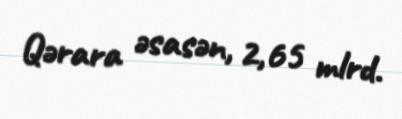
Qərara əsasən, 2,65 mlrd.